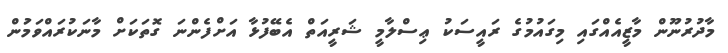
މާދުރުނޫން މާޒީއެއްގައި މިގައުމުގެ ރައީސަކު ޢިސްލާމީ ޝަރީއަތް އެބޭފުޅާ އަށްފެންނަ ގޮތަކަށް މާނަކުރައްވަމަުން